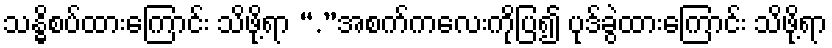
သန္ဓိစပ်ထားကြောင်း သိဖို့ရာ “.”အစက်ကလေးကိုပြ၍ ပုဒ်ခွဲထားကြောင်း သိဖို့ရာ